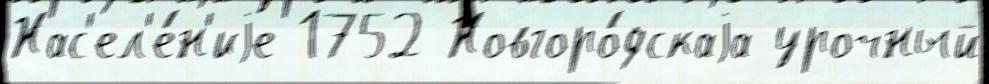
Нас'ел'е́н'иjе 1752 Новгоро́дскаjа урочный